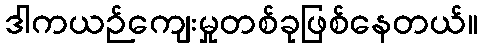
ဒါကယဉ်ကျေးမှုတစ်ခုဖြစ်နေတယ်။